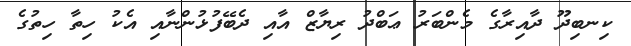
ކިނބިދޫ ދާއިރާގެ މެންބަރު ޢަބްދު ރިޔާޒް އާއި ދެބޭފުޅުންނާއި އެކު ހިތާ ހިތުގެ